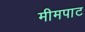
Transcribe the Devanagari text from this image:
मीमपाट